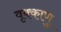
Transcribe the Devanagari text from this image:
वृक्काणु